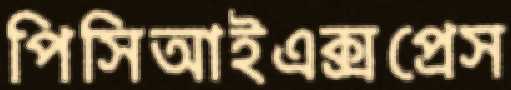
পিসিআইএক্সপ্রেস